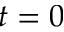
t = 0